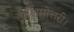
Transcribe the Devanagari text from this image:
पश्चिमोत्तरी।